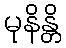
မုနိန္တိ